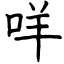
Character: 咩